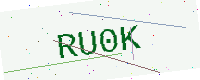
Text: RU0K